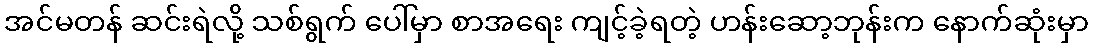
အင်မတန် ဆင်းရဲလို့ သစ်ရွက် ပေါ်မှာ စာအရေး ကျင့်ခဲ့ရတဲ့ ဟန်းဆော့ဘုန်းက နောက်ဆုံးမှာ